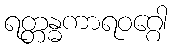
ရတ္တန္ဓကာရဝဂ္ဂေါ